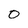
Character: 0